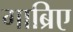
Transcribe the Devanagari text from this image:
गाब्रिए